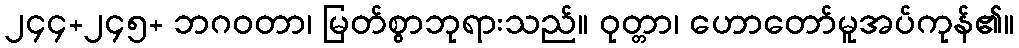
၂၄၄+၂၄၅+ ဘဂဝတာ၊ မြတ်စွာဘုရားသည်။ ဝုတ္တာ၊ ဟောတော်မူအပ်ကုန်၏။